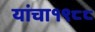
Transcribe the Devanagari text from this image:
यांचा१९८८